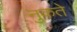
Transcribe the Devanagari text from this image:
नुकते